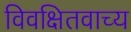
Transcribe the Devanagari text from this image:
विवक्षितवाच्य